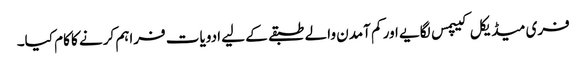
فری میڈیکل کیپمس لگایے اور کم آمدن والے طبقے کے لیے ادویات فراہم کرنے کا کام کیا۔